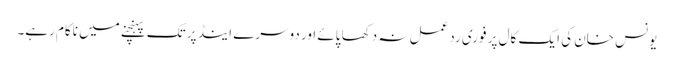
یونس خان کی ایک کال پر فوری ردعمل نہ دکھا پائے اور دوسرے اینڈ پر تک پہنچنے میں ناکام رہے۔